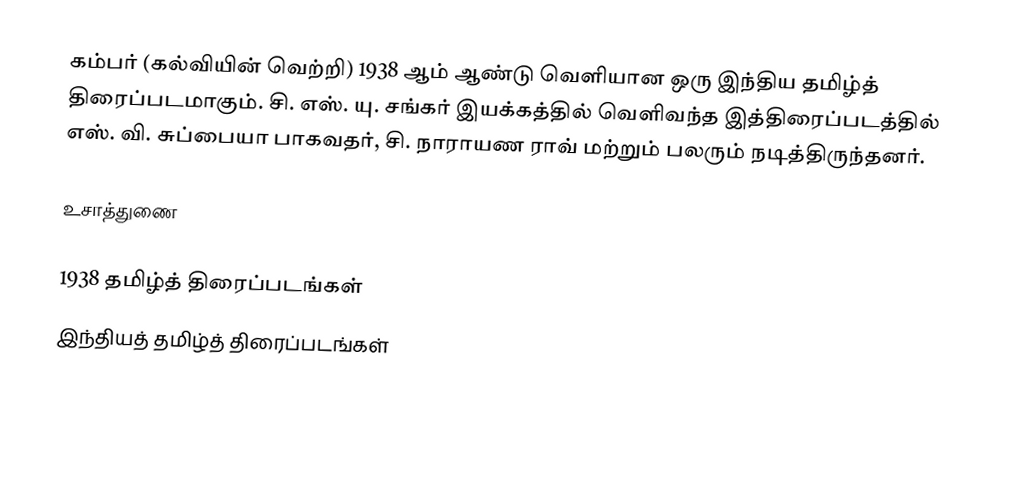
கம்பர் (கல்வியின் வெற்றி) 1938 ஆம் ஆண்டு வெளியான ஒரு இந்திய தமிழ்த் திரைப்படமாகும். சி. எஸ். யு. சங்கர் இயக்கத்தில் வெளிவந்த இத்திரைப்படத்தில் எஸ். வி. சுப்பையா பாகவதர், சி. நாராயண ராவ் மற்றும் பலரும் நடித்திருந்தனர்.

உசாத்துணை

1938 தமிழ்த் திரைப்படங்கள்
இந்தியத் தமிழ்த் திரைப்படங்கள்